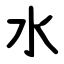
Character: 水